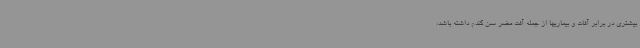
بیشتری در برابر آفات و بیماریها از جمله آفت مضر سن گندم داشته باشد،